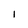
Character: 1